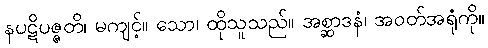
နပဋိပဇ္ဇတိ၊ မကျင့်။ သော၊ ထိုသူသည်။ အစ္ဆာဒနံ၊ အဝတ်အရုံကို။